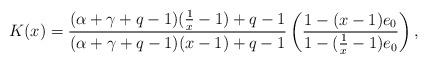
LaTeX: \begin{align*} K(x) = \frac{(\alpha + \gamma + q - 1)(\frac{1}{x} - 1) + q - 1}{(\alpha + \gamma + q - 1)(x - 1) + q - 1} \left(\frac{1 - (x - 1)e_0}{1 - (\frac{1}{x} - 1) e_0}\right),\end{align*}